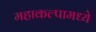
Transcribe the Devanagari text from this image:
महाकल्पामध्ये